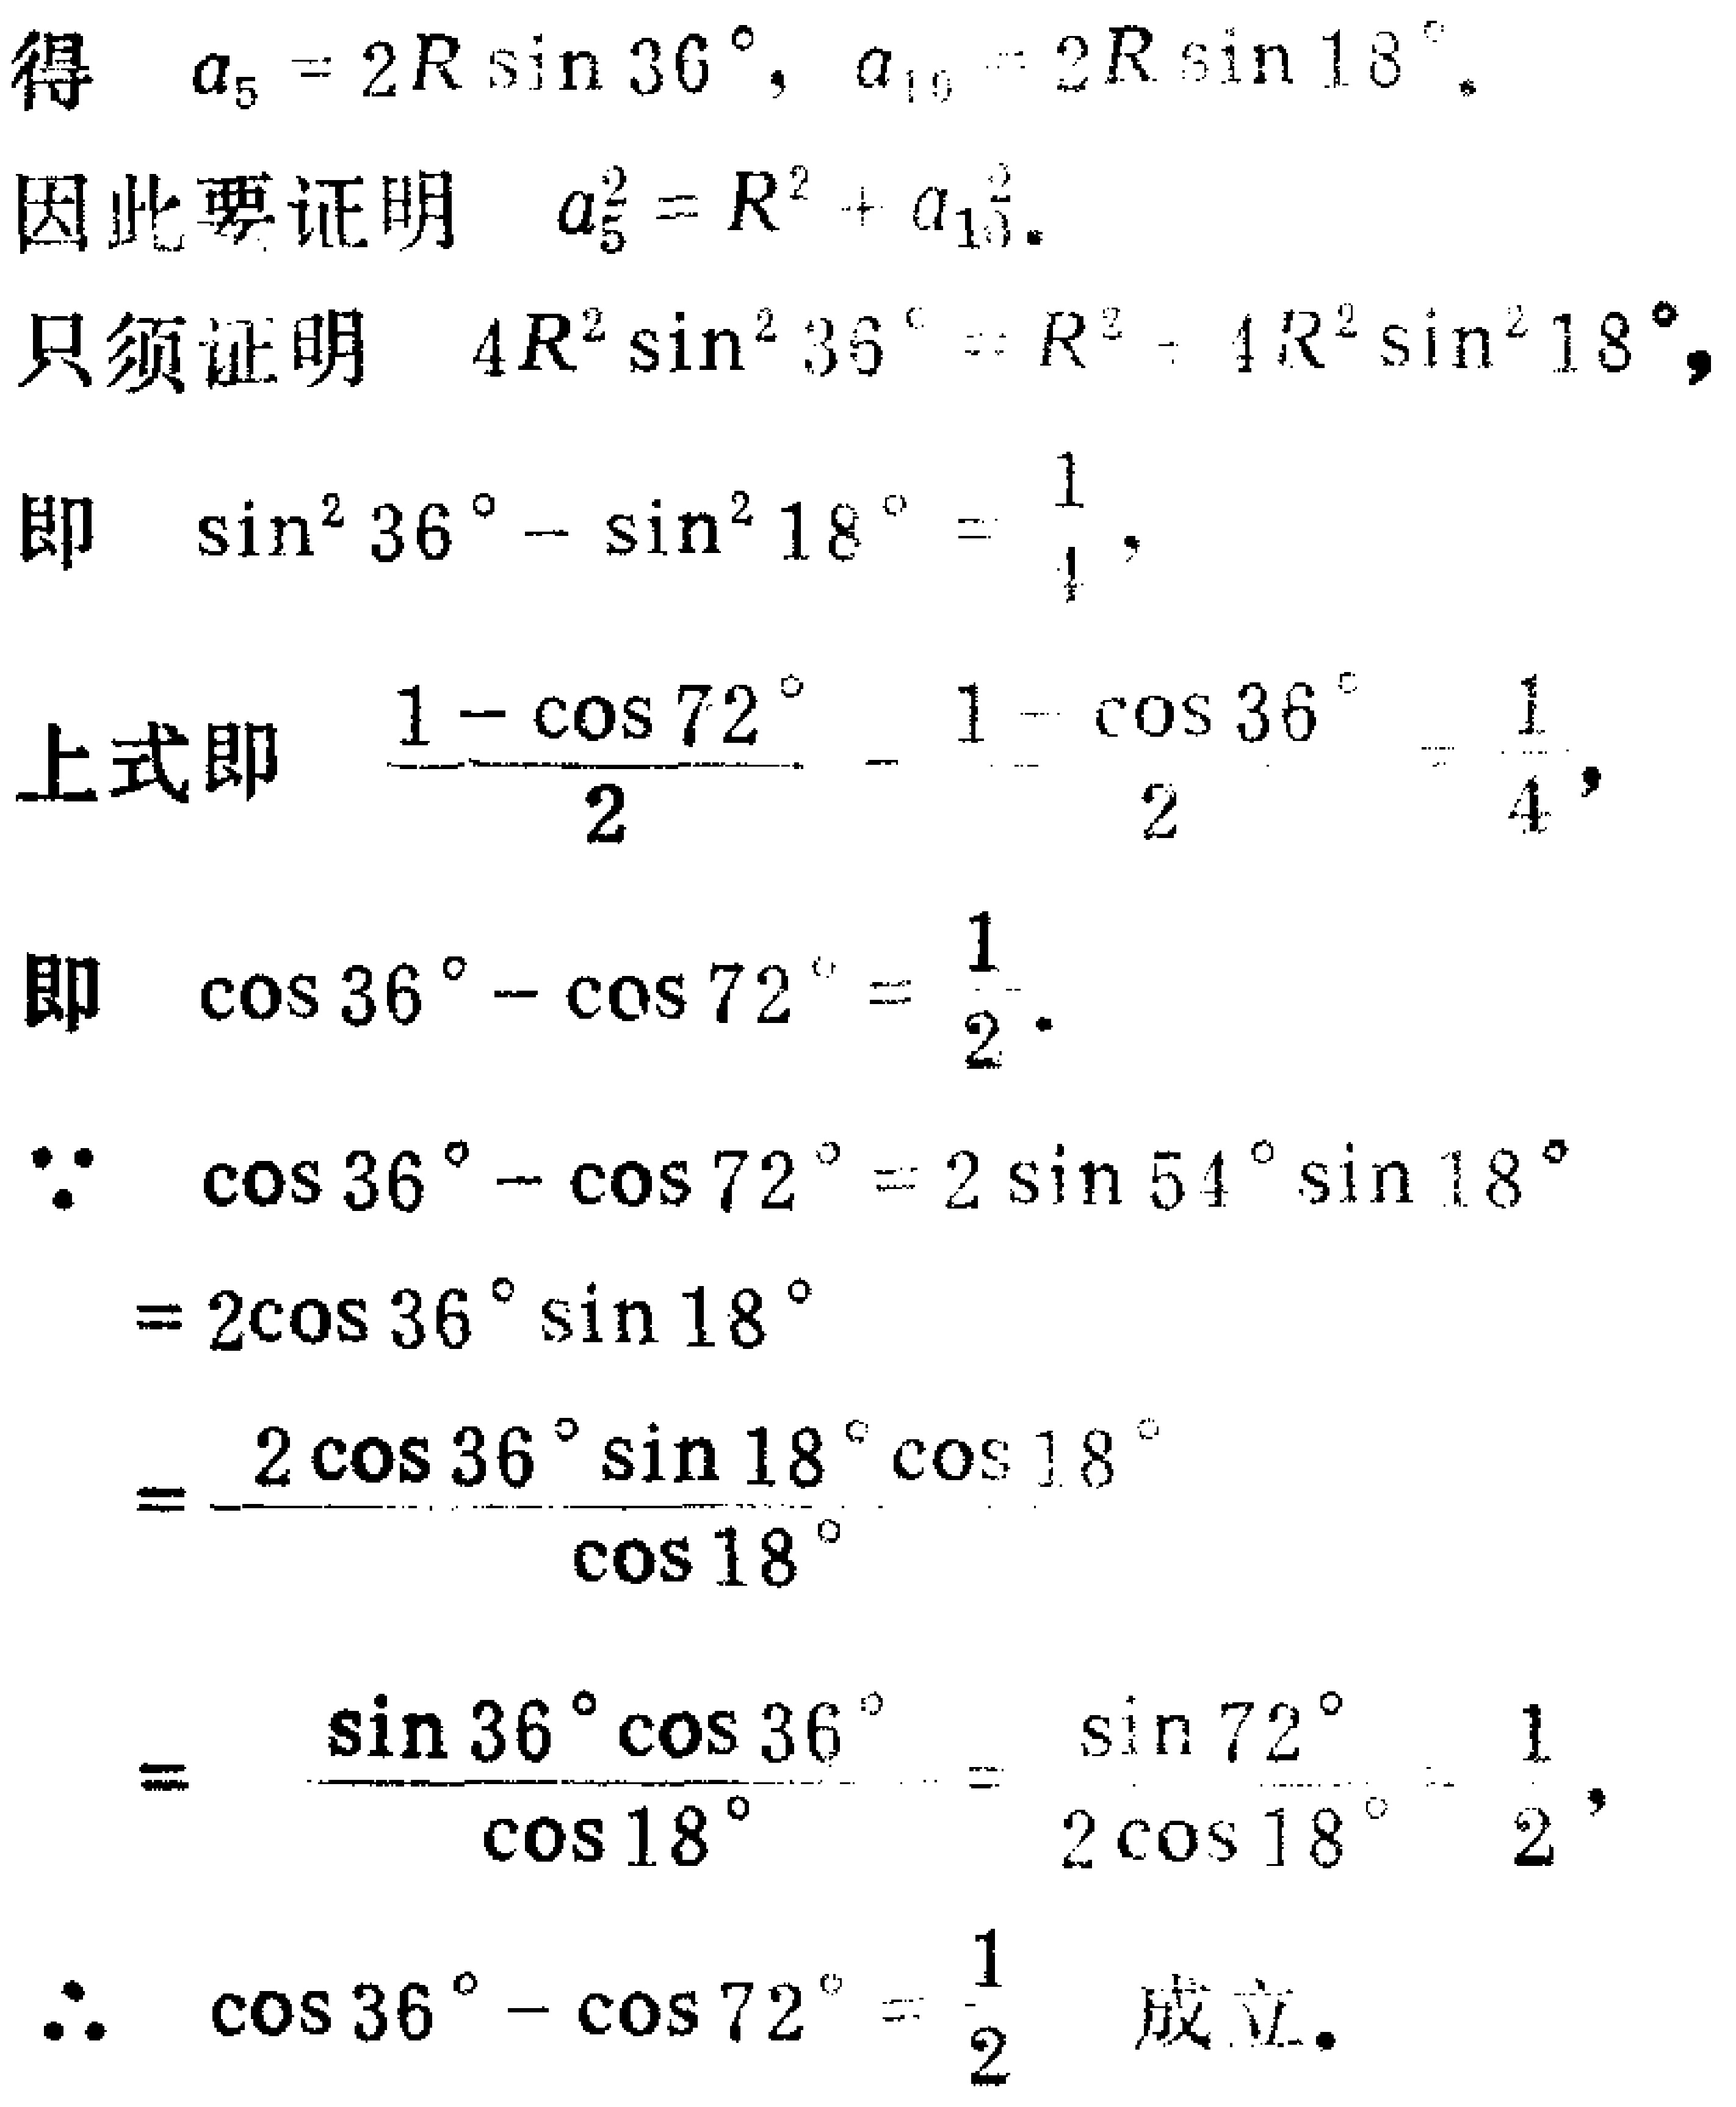
得 \(a_{5}=2R\sin36^{\circ},a_{10}=2R\sin18^{\circ}\).
因此要证明 \(a_{5}^{2}=R^{2}+a_{10}^{2}\).
只须证明 \(4R^{2}\sin^{2}36^{\circ}=R^{2}+4R^{2}\sin^{2}18^{\circ}\),
即 \(\sin^{2}36^{\circ}-\sin^{2}18^{\circ}=\frac{1}{4}\),
上式即 \(\frac{1 - \cos72^{\circ}}{2}-\frac{1 - \cos36^{\circ}}{2}=\frac{1}{4}\),
即 \(\cos36^{\circ}-\cos72^{\circ}=\frac{1}{2}\).
\(\because \cos36^{\circ}-\cos72^{\circ}=2\sin54^{\circ}\sin18^{\circ}\)
\(=2\cos36^{\circ}\sin18^{\circ}\)
\(=\frac{2\cos36^{\circ}\sin18^{\circ}\cos18^{\circ}}{\cos18^{\circ}}\)
\(=\frac{\sin36^{\circ}\cos36^{\circ}}{\cos18^{\circ}}=\frac{\sin72^{\circ}}{2\cos18^{\circ}}=\frac{1}{2}\),
\(\therefore \cos36^{\circ}-\cos72^{\circ}=\frac{1}{2}\) 成立.